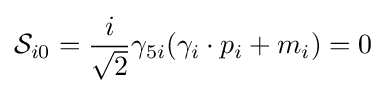
{\mathcal {S}}_{i0}={\frac {i}{\sqrt {2}}}\gamma _{5i}(\gamma _{i}\cdot p_{i}+m_{i})=0